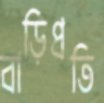
বাড়িপ্রতি